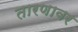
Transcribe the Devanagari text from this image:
तारणावर